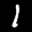
Label: 1